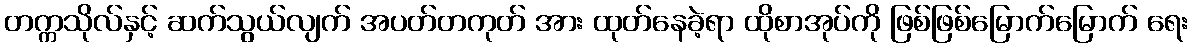
တက္ကသိုလ်နှင့် ဆက်သွယ်လျက် အပတ်တကုတ် အား ထုတ်နေခဲ့ရာ ထိုစာအုပ်ကို ဖြစ်ဖြစ်မြောက်မြောက် ရေး